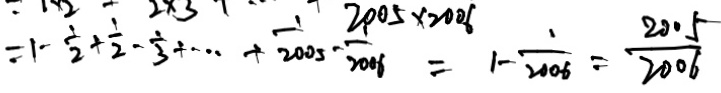
= 1 - \frac { 1 } { 2 } + \frac { 1 } { 2 } - \frac { 1 } { 3 } + \cdots + \frac { 1 } { 2 0 0 5 } - \frac { 1 } { 2 0 0 6 } = - \frac { 1 } { 2 0 0 6 } = - \frac { 2 0 0 5 } { 2 0 0 6 }